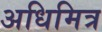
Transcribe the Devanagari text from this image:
अधिमित्र